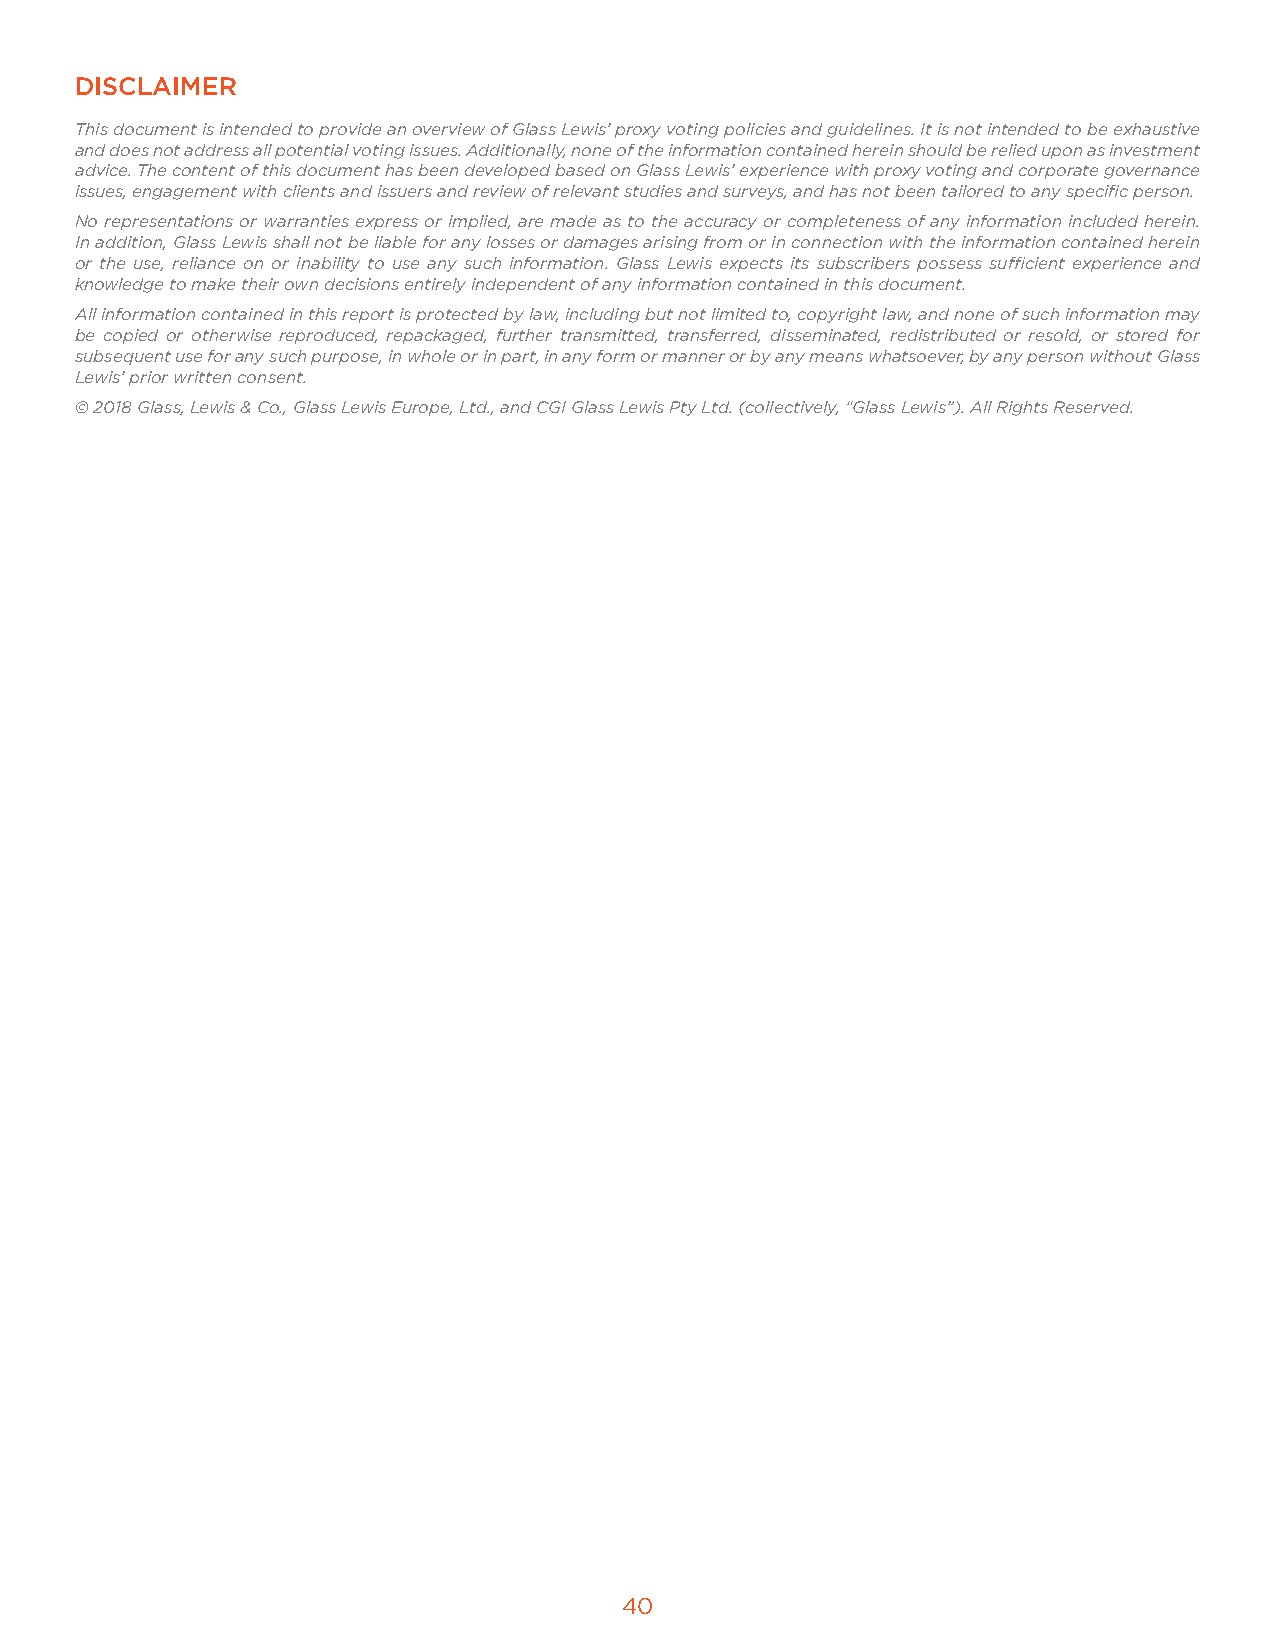
DISCLAIMER
 This document is intended to provide an overview of Glass Lewis’ proxy voting policies and guidelines. It is not intended to be exhaustive
 and does not address all potential voting issues. Additionally, none of the information contained herein should be relied upon as investment
 advice. The content of this document has been developed based on Glass Lewis’ experience with proxy voting and corporate governance
 issues, engagement with clients and issuers and review of relevant studies and surveys, and has not been tailored to any specific person.
 No representations or warranties express or implied, are made as to the accuracy or completeness of any information included herein.
 In addition, Glass Lewis shall not be liable for any losses or damages arising from or in connection with the information contained herein
 or the use, reliance on or inability to use any such information. Glass Lewis expects its subscribers possess sufficient experience and
 knowledge to make their own decisions entirely independent of any information contained in this document.
 All information contained in this report is protected by law, including but not limited to, copyright law, and none of such information may
 be copied or otherwise reproduced, repackaged, further transmitted, transferred, disseminated, redistributed or resold, or stored for
 subsequent use for any such purpose, in whole or in part, in any form or manner or by any means whatsoever, by any person without Glass
 Lewis’ prior written consent.
 © 2018 Glass, Lewis & Co., Glass Lewis Europe, Ltd., and CGI Glass Lewis Pty Ltd. (collectively, “Glass Lewis”). All Rights Reserved.
 40